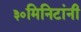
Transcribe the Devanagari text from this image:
३०मिनिटांनी